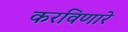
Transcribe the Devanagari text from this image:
करविणारे